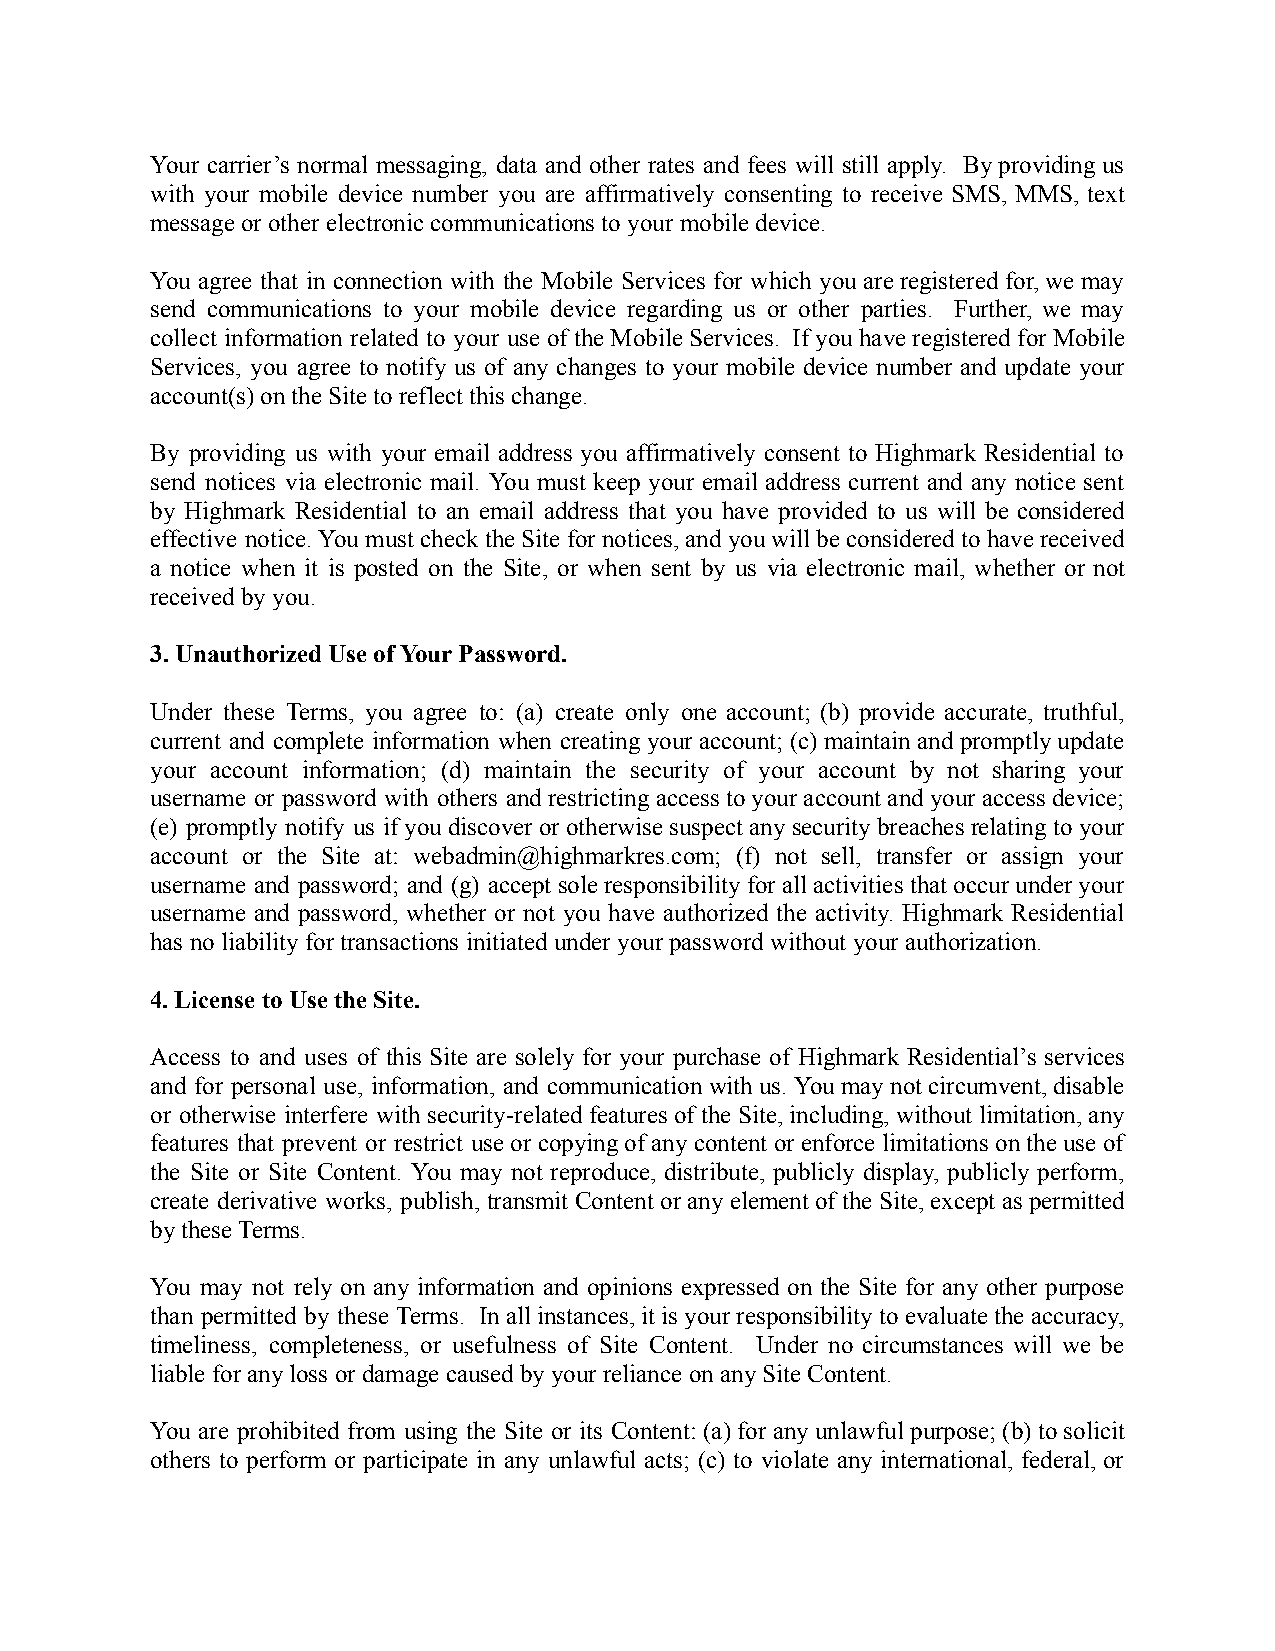
Your carrier’s normal messaging, data and other rates and fees will still apply. Byproviding us
 with your mobile device number you are affirmatively consenting to receive SMS, MMS, text
 message or other electronic communications to yourmobile device.
 You agree that in connection with the Mobile Services for which youareregisteredfor, wemay
 send communications to your mobile device regarding us or other parties. Further, we may
 collect information related to your use ofthe MobileServices. If youhave registeredfor Mobile
 Services, you agree to notify us of any changes to your mobile device number and update your
 account(s) on the Site to reflect this change.
 By providing us with your email address you affirmatively consent to Highmark Residential to
 send notices via electronic mail. You must keep your email address current and any notice sent
 by Highmark Residential to an email address that you have provided to us will be considered
 effective notice.Youmust checkthe Sitefor notices, andyouwillbe consideredto havereceived
 a notice when it is posted on the Site, or when sent by us via electronic mail, whether or not
 received by you.
 3. Unauthorized Use of Your Password.
 Under these Terms, you agree to: (a) create only one account; (b) provide accurate, truthful,
 current and complete information when creating youraccount;(c) maintainandpromptly update
 your account information; (d) maintain the security of your account by not sharing your
 username or password with others andrestricting accessto youraccountandyour accessdevice;
 (e) promptly notify us ifyou discoveror otherwisesuspectany securitybreaches relating toyour
 account or the Site at: webadmin@highmarkres.com; (f) not sell, transfer or assign your
 username and password; and (g) acceptsole responsibilityfor all activitiesthat occurunder your
 username and password, whether or not you have authorized the activity. Highmark Residential
 has no liability for transactions initiated underyour password without your authorization.
 4. License to Use the Site.
 Access to and uses of this Site are solely for your purchase of Highmark Residential’s services
 and for personal use, information, and communicationwithus.You maynot circumvent,disable
 or otherwise interfere withsecurity-relatedfeaturesof theSite, including,withoutlimitation, any
 features that prevent or restrict use orcopying ofany contentorenforce limitationsonthe useof
 the Site or Site Content. You may not reproduce, distribute, publicly display, publicly perform,
 create derivative works, publish,transmitContentor anyelement ofthe Site,exceptas permitted
 by these Terms.
 You may not rely on any information and opinions expressed on the Site for any other purpose
 than permitted by these Terms. Inall instances, itis yourresponsibility toevaluate theaccuracy,
 timeliness, completeness, or usefulness of Site Content. Under no circumstances will we be
 liable for any loss or damage caused by your relianceon any Site Content.
 You are prohibited from using the Site or its Content: (a)for anyunlawfulpurpose;(b) to solicit
 others to perform or participate in any unlawful acts; (c) to violate any international, federal,or